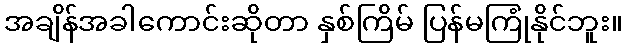
အချိန်အခါကောင်းဆိုတာ နှစ်ကြိမ် ပြန်မကြုံနိုင်ဘူး။